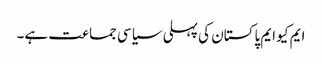
ایم کیو ایم پاکستان کی پہلی سیاسی جماعت ہے۔